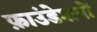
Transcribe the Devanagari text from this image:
फ़ाउंडेशनों